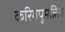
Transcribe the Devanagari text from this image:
करिमपुमन्निल